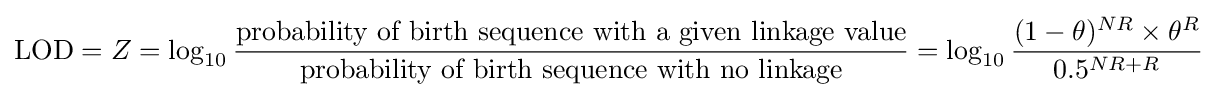
{\text{LOD}}=Z=\log _{10}{\frac {\text{probability of birth sequence with a given linkage value}}{\text{probability of birth sequence with no linkage}}}=\log _{10}{\frac {(1-\theta )^{NR}\times \theta ^{R}}{0.5^{NR+R}}}